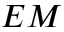
E M